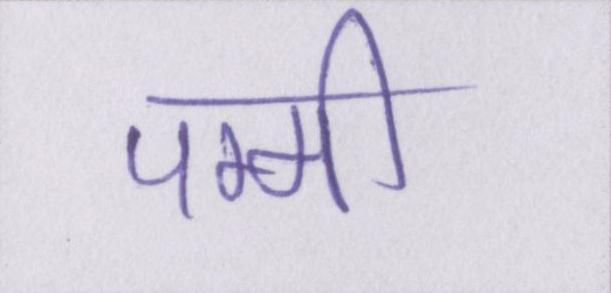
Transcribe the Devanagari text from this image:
पम्मी